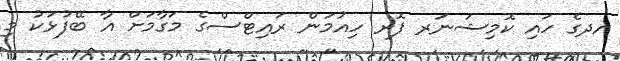
އދގެ ހައި ކޮމިޝަނަރ ފޮރ ހިއުމަން ރައިޓްސްގެ މަގާމަށް އާ ބޭފުޅަކު މި